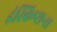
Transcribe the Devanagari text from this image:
इंस्क्रिप्शन्स